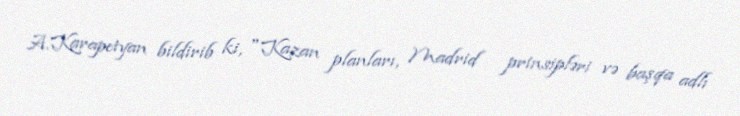
A.Karapetyan bildirib ki, "Kazan planları, Madrid prinsipləri və başqa adlı